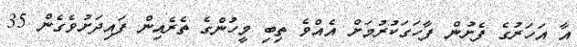
އާ އަހަރުގެ ފެށުން ފާހަގަކުރުމަށް އެއްވެ ތިބި މީހުންގެ ތެރެއިން ފައިދަށުވެގެން 35